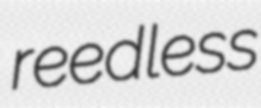
reedless